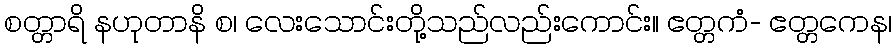
စတ္တာရိ နဟုတာနိ စ၊ လေးသောင်းတို့သည်လည်းကောင်း။ ဧတ္တကံ- ဧတ္တကေန၊